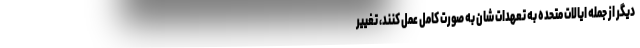
دیگر از جمله ایالات متحده به تعهدات شان به صورت کامل عمل کنند، تغییر